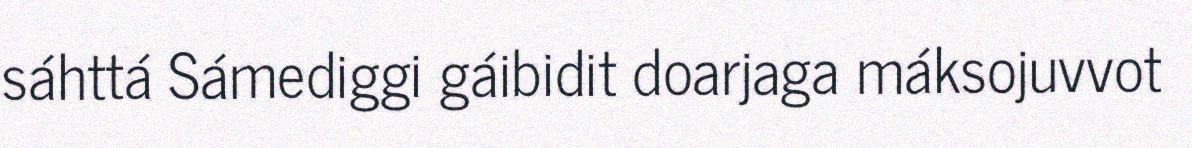
sáhttá Sámediggi gáibidit doarjaga máksojuvvot